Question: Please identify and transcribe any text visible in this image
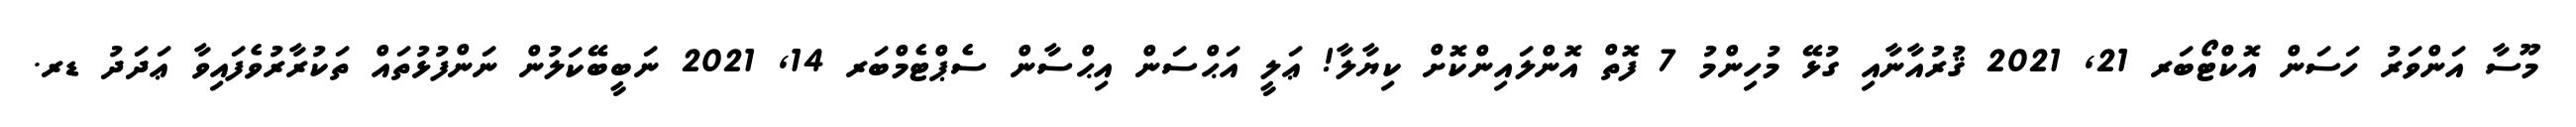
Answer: މޫސާ އަންވަރު ހަސަން އޮކްޓޯބަރ 21, 2021 ޤުރުއާނާއި ގުޅޭ މުހިންމު 7 ފޮތް އޮންލައިންކޮށް ކިޔާލާ! ޢަލީ އަޙްސަން އިޙްސާން ސެޕްޓެމްބަރ 14, 2021 ނަބީބޭކަލުން ނަންފުޅުތައް ތަކުރާރުވެފައިވާ ޢަދަދު ޑރ.